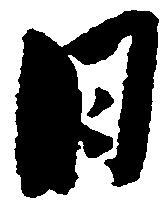
日